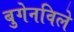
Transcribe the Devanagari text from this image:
बुगेनविले